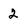
Character: 2